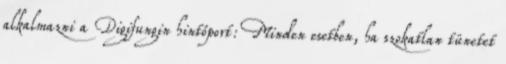
alkalmazni a Digifungin hintőport: Minden esetben, ha szokatlan tünetet